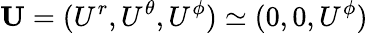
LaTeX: {\mathbf{U}}=(U^{r},U^{\theta},U^{\phi})\simeq(0,0,U^{\phi})